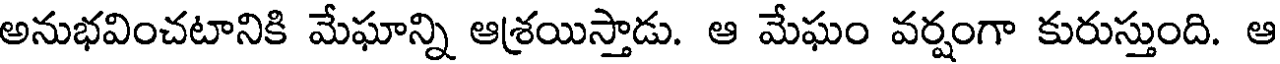
అనుభవించటానికి మేఘాన్ని ఆశ్రయిస్తాడు. ఆ మేఘం వర్షంగా కురుస్తుంది. ఆ